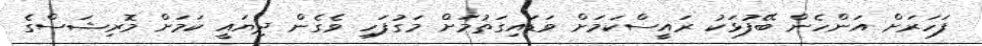
ފަހަރަށް އަންހެން ބޭފުޅަކު ރައީސްކަމަށް ވަޑައިގަތުމަށް މަގުފަހި ވެގެން ދިޔައީ ކަމަށް މޮރިޝަސްގެ